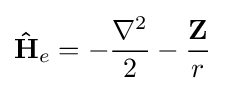
\mathbf {\hat {H}} _{e}=-{\frac {\nabla ^{2}}{2}}-{\frac {\mathbf {Z} }{r}}